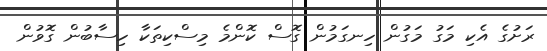
ރަށުގެ އެކި މަގު މަގުން ހިނގަމުން ގޮސް ކޮންމެ މިސްކިތަކާ ހިސާބުން ގޮވުން